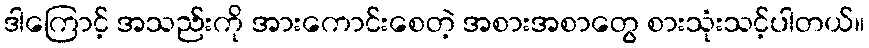
ဒါကြောင့် အသည်းကို အားကောင်းစေတဲ့ အစားအစာတွေ စားသုံးသင့်ပါတယ်။